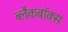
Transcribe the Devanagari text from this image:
ब्लैकबॉक्स